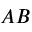
A B